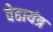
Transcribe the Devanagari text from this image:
वेढायंत्र